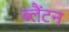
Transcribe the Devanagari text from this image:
ब्लैंटन